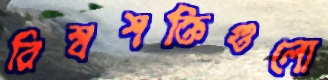
বিশ্বশক্তিগুলো